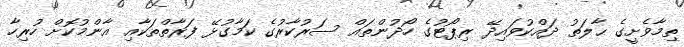
ތިމާވެށީގެ ޙާލަތު ދައްކުވައިދޭ ރިޕޯޓުގެ ހޯދުންތައް ސަރުކާރުގެ ކަމާގުޅޭ ފަރާތްތަކާއި އާންމުކޮށް ހުރިހާ